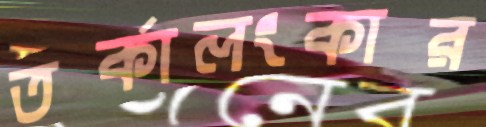
তর্কালংকার